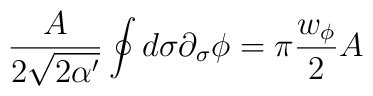
\frac{A}{2\sqrt{2\alpha'}}\oint d\sigma \partial_\sigma \phi=\pi\frac{w_\phi}{2}A